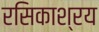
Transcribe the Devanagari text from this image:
रसिकाश्रय